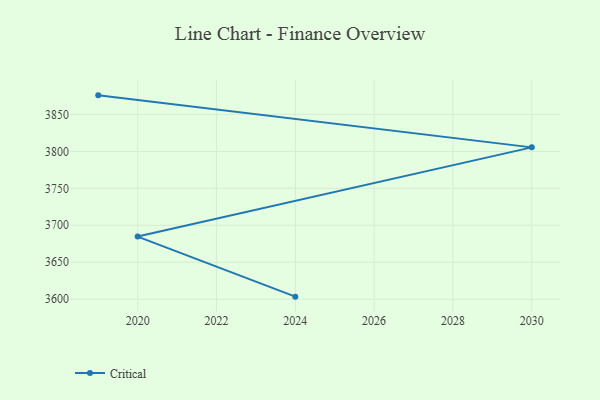
{"axis": {"x": "Year", "y": "Satisfaction Score"}, "legend": ["Critical"], "data": [{"x": "2019", "y": 3875.8, "type": "Critical"}, {"x": "2030", "y": 3805.4, "type": "Critical"}, {"x": "2020", "y": 3684.7, "type": "Critical"}, {"x": "2024", "y": 3603.4, "type": "Critical"}]}